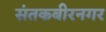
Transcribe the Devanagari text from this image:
संतकबीरनगर